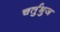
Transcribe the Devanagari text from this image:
चर्तुभुज